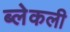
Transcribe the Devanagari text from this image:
ब्लेकली